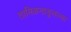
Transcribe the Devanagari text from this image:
तामिळनाडूतल्या